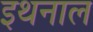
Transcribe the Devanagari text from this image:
इथनाल